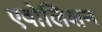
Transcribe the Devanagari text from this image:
एवोलिशन